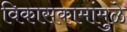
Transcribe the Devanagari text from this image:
विकासकामांमुळे